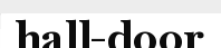
hall-door